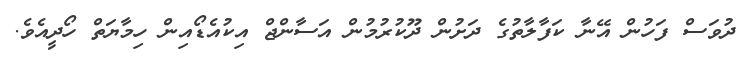
ދުވަސް ފަހުން އޭނާ ކަފާލާތުގެ ދަށުން ދޫކުރުމުން އަސާންޖް އިކުއެޑޯއިން ހިމާޔަތް ހޯދީއެވެ.